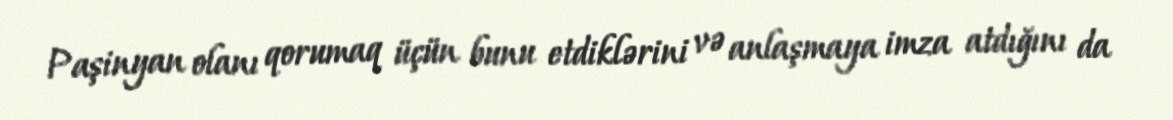
Paşinyan olanı qorumaq üçün bunu etdiklərini və anlaşmaya imza atdığını da